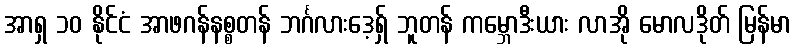
အာရှ ၁၀ နိုင်ငံ အာဖဂန်နစ္စတန် ဘင်္ဂလားဒေ့ရှ် ဘူတန် ကမ္ဘောဒီးယား လာအို မောလဒိုတ် မြန်မာ